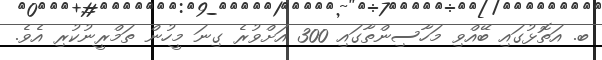
ބ. އަތޮޅުގައި ބޭއްވި މަހާސިންތާގައި 300 އަށްވުރެ ގިނަ މީހުން ތަމްރީނުކުރި އެވެ.